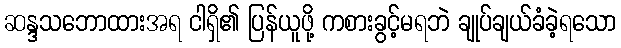
ဆန္ဒသဘောထားအရ ငါရှိ၏ ပြန်ယူဖို့ ကစားခွင့်မရဘဲ ချုပ်ချယ်ခံခဲ့ရသော